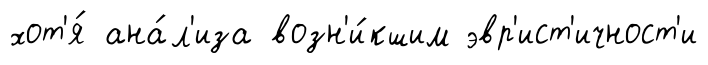
хот'я́ ана́л'иза возн'и́кшим эвр'ист'ичност'и